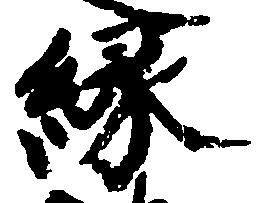
縁